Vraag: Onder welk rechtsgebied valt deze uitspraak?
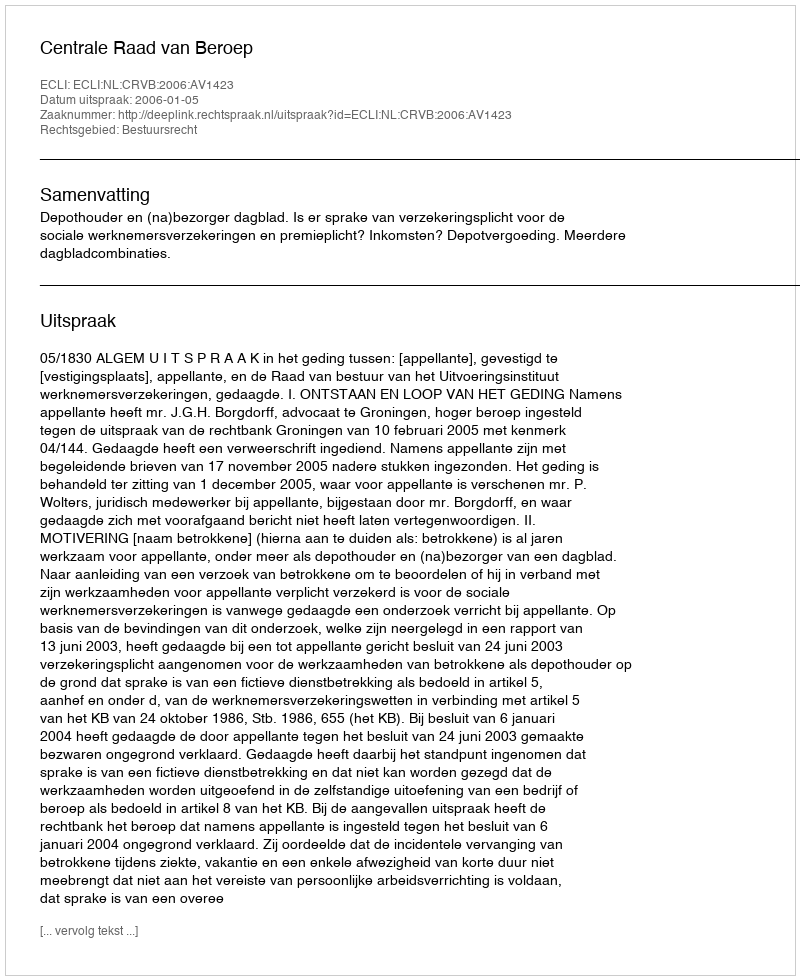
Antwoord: Bestuursrecht